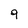
Character: 9